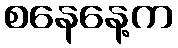
စနေနေ့က